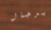
برجال